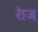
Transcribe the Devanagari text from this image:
रेाज